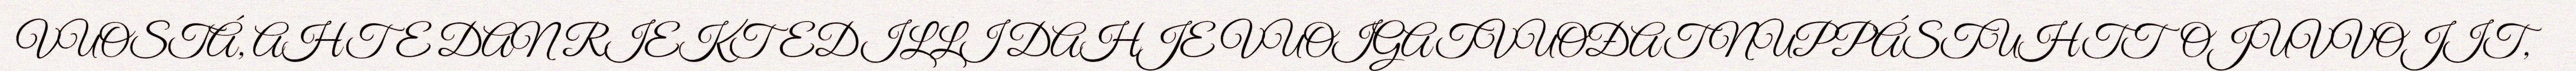
VUOSTÁ, AHTE DAN RIEKTEDILLI DAHJE VUOIGATVUOĐAT NUPPÁSTUHTTOJUVVOJIT,